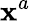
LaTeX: \mathbf{x}^{a}